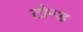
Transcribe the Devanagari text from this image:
टोन्ड